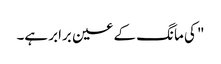
" کی مانگ کے عین برابر ہے۔